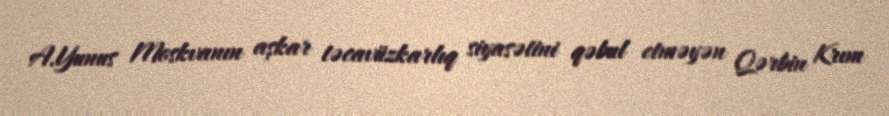
A.Yunus Moskvanın aşkar təcavüzkarlıq siyasətini qəbul etməyən Qərbin Krım